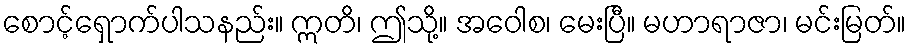
စောင့်ရှောက်ပါသနည်း။ ဣတိ၊ ဤသို့။ အဝေါစ၊ မေးပြီ။ မဟာရာဇာ၊ မင်းမြတ်။